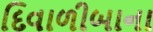
દિવાળીબાના